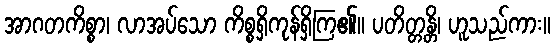
အာဂတကိစ္စာ၊ လာအပ်သော ကိစ္စရှိကုန်ရှိကြ၏။ ပတိတ္တန္တိ၊ ဟူသည်ကား။